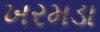
ખરમડા